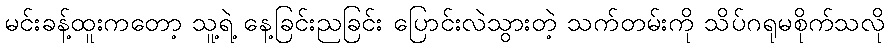
မင်းခန့်ထူးကတော့ သူ့ရဲ့ နေ့ခြင်းညခြင်း ပြောင်းလဲသွားတဲ့ သက်တမ်းကို သိပ်ဂရုမစိုက်သလို